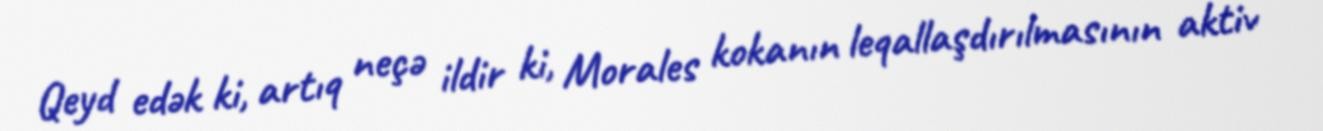
Qeyd edək ki, artıq neçə ildir ki, Morales kokanın leqallaşdırılmasının aktiv